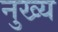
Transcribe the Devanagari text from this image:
नुख्य